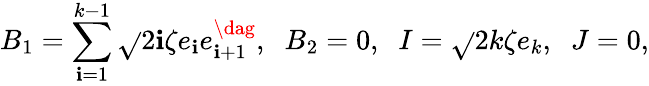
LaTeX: B_{1}=\sum_{\mathbf{i}=1}^{k-1}\sqrt{}{{2\mathbf{i}\zeta}}e_{\mathbf{i}}e_{\mathbf{i}+1}^{\dag},\; \; B_{2}=0,\; \; I=\sqrt{}{{2k\zeta}}e_{k},\; \; J=0,